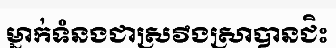
ម្នាក់ទំនងជាស្រវឹងស្រាបានជិះ